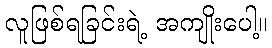
လူဖြစ်ရခြင်းရဲ့ အကျိုးပေါ့။